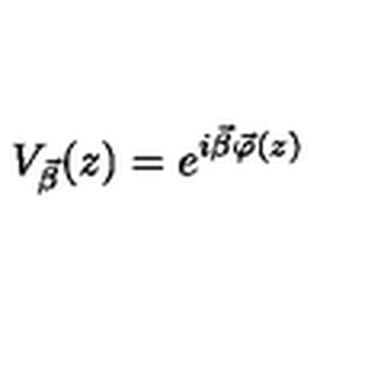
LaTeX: V _ { \vec { \beta } } ( z ) = e ^ { i \vec { \beta } \vec { \varphi } ( z ) }